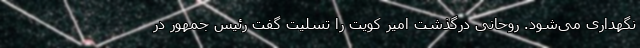
نگهداری می‌شود. روحانی درگذشت امیر کویت را تسلیت گفت رئیس جمهور در